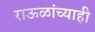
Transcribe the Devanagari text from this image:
राऊळांच्याही